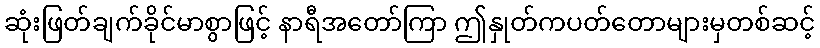
ဆုံးဖြတ်ချက်ခိုင်မာစွာဖြင့် နာရီအတော်ကြာ ဤနှုတ်ကပတ်တောများမှတစ်ဆင့်